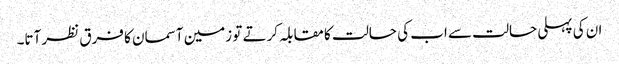
ان کی پہلی حالت سے اب کی حالت کا مقابلہ کرتے تو زمین آسمان کا فرق نظر آتا۔